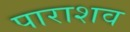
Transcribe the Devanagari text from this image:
पाराशव